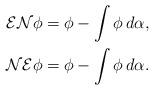
LaTeX: \begin{align*}\mathcal{E}\mathcal{N}\phi &= \phi - \int \phi\, d\alpha , \\\mathcal{N}\mathcal{E}\phi &=\phi-\int \phi\, d\alpha.\end{align*}